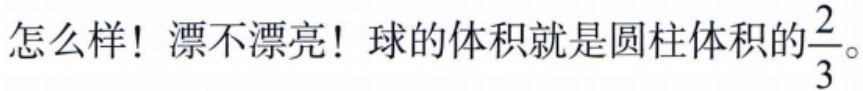
怎么样！漂不漂亮！球的体积就是圆柱体积的$\frac{2}{3}$。